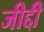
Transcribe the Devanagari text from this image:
जीद्दी